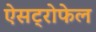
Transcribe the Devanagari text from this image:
ऐसट्रोफेल